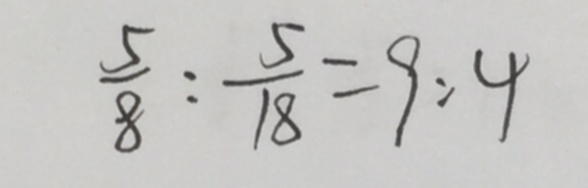
\frac { 5 } { 8 } : \frac { 5 } { 1 8 } = 9 : 4